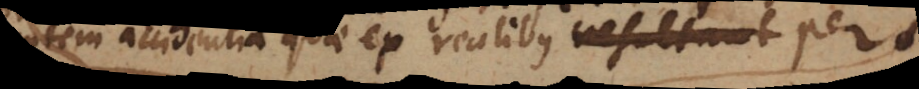
autem accidentia quae ex realibus resultant per